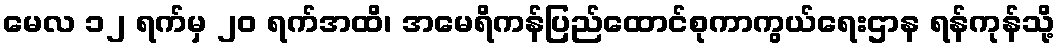
မေလ ၁၂ ရက်မှ ၂၀ ရက်အထိ၊ အမေရိကန်ပြည်ထောင်စုကာကွယ်ရေးဌာန ရန်ကုန်သို့